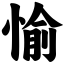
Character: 愉